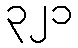
၃၂၁